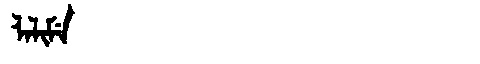
Manchu: ᠯᠠᠯᡳᠮᡝ
Romanization: LALIME